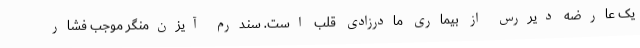
یک عارضه دیررس از بیماری مادرزادی قلب است. سندرم آیزن‌منگر موجب فشار